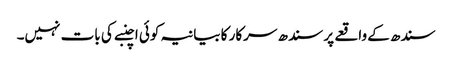
سندھ کے واقعے پر سندھ سرکار کا بیانیہ کوئی اچنبے کی بات نہیں۔